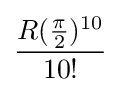
{\frac {R({\frac {\pi }{2}})^{10}}{10!}}